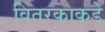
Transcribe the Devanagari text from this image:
वितरकाकडे